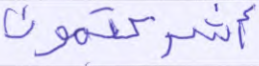
أشركتمون